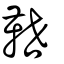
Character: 靾